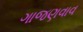
ગાજણવાવ